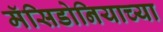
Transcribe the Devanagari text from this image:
मॅसिडोनियाच्या